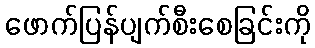
ဖောက်ပြန်ပျက်စီးစေခြင်းကို